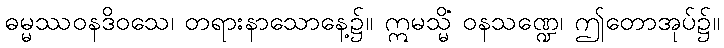
ဓမ္မဿဝနဒိဝသေ၊ တရားနာသောနေ့၌။ ဣမသ္မိံ ဝနသဏ္ဍေ၊ ဤတောအုပ်၌။